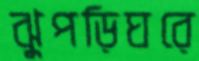
ঝুপড়িঘরে